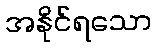
အနိုင်ရသော